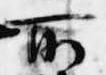
所